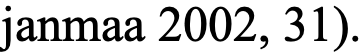
janmaa 2002, 31).